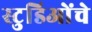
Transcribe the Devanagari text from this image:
स्टुडिओंचे